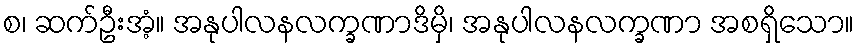
စ၊ ဆက်ဦးအံ့။ အနုပါလနလက္ခဏာဒိမှိ၊ အနုပါလနလက္ခဏာ အစရှိသော။